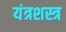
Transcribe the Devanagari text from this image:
यंत्रशस्त्र